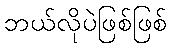
ဘယ်လိုပဲဖြစ်ဖြစ်